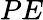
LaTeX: PE